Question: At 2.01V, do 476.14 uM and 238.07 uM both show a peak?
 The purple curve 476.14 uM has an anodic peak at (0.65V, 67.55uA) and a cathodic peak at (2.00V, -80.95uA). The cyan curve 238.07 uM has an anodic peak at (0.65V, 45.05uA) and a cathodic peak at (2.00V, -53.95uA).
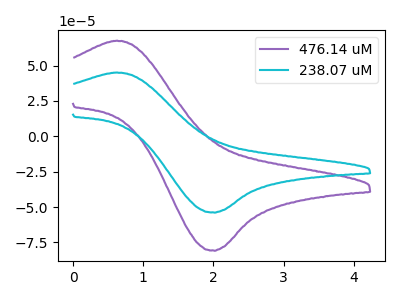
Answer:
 <answer>Yes, "476.14 uM" and "238.07 uM" share a peak at 2.01V.</answer>
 <eval>match</eval>